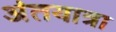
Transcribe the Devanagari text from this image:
अंतयात्रा